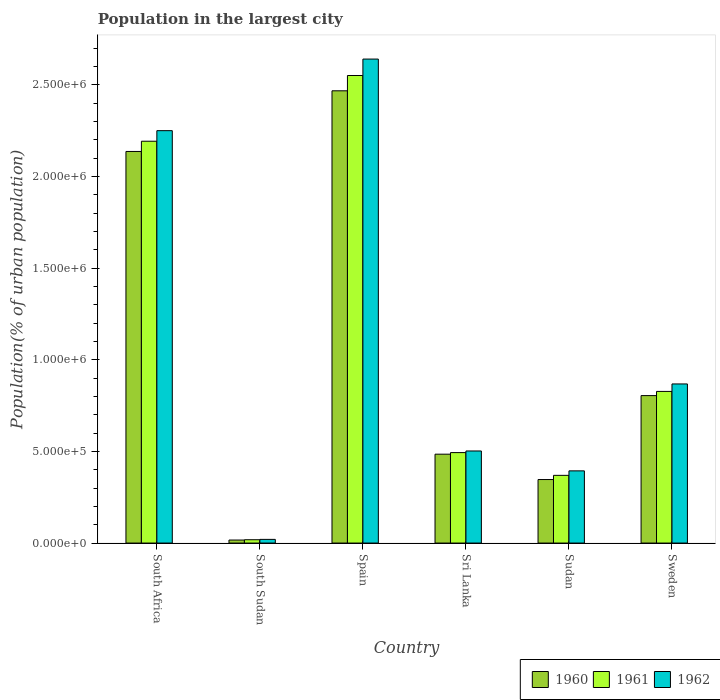
| Country | 1960 | 1961 | 1962 |
 | --- | --- | --- | --- |
 | South Africa | 2.14e+06 | 2.19e+06 | 2.25e+06 |
 | South Sudan | 1.65e+04 | 1.82e+04 | 2e+04 |
 | Spain | 2.47e+06 | 2.55e+06 | 2.64e+06 |
 | Sri Lanka | 4.85e+05 | 4.94e+05 | 5.02e+05 |
 | Sudan | 3.47e+05 | 3.69e+05 | 3.94e+05 |
 | Sweden | 8.05e+05 | 8.27e+05 | 8.68e+05 |